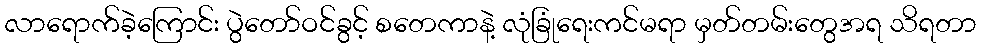
လာရောက်ခဲ့ကြောင်း ပွဲတော်ဝင်ခွင့် စတေကာနဲ့ လုံခြုံရေးကင်မရာ မှတ်တမ်းတွေအရ သိရတာ